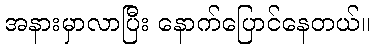
အနားမှာလာပြီး နောက်ပြောင်နေတယ်။